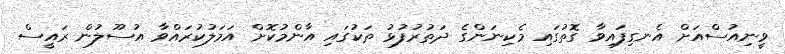
ވީނިއުސްއަށް އެނގިފައިވާ ގޮތުގައި މެކިނަންގެ ދަތުރުފުޅު ތަކުގައި އާންމުކޮށް އަމަލުކުރައްވާ އުސޫލުން ރައީސް